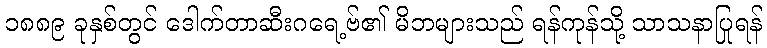
၁၈၈၉ ခုနှစ်တွင် ဒေါက်တာဆီးဂရေ့ဗ်၏ မိဘများသည် ရန်ကုန်သို့ သာသနာပြုရန်